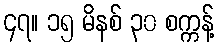
၄၇။ ၁၅ မိနစ် ၃၀ စက္ကန့်